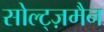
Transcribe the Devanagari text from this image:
सोल्ट्ज़मैन